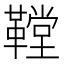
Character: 鞺